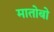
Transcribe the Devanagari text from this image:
मातोबो